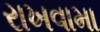
રાખવામા